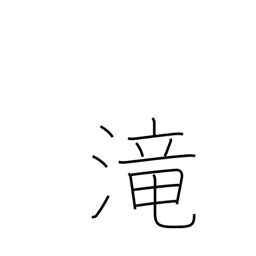
Meaning: cascade